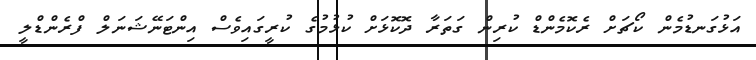
އަޅުގަނޑުމެން ކޯޗަށް ރެކޮމެންޑް ކުރިން ގަތަރާ ދޮކޮޅަށް ކުޅުމުގެ ކުރީގައިވެސް އިންޓަނޭޝަނަލް ފްރެންޑްލީ